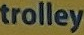
trolley